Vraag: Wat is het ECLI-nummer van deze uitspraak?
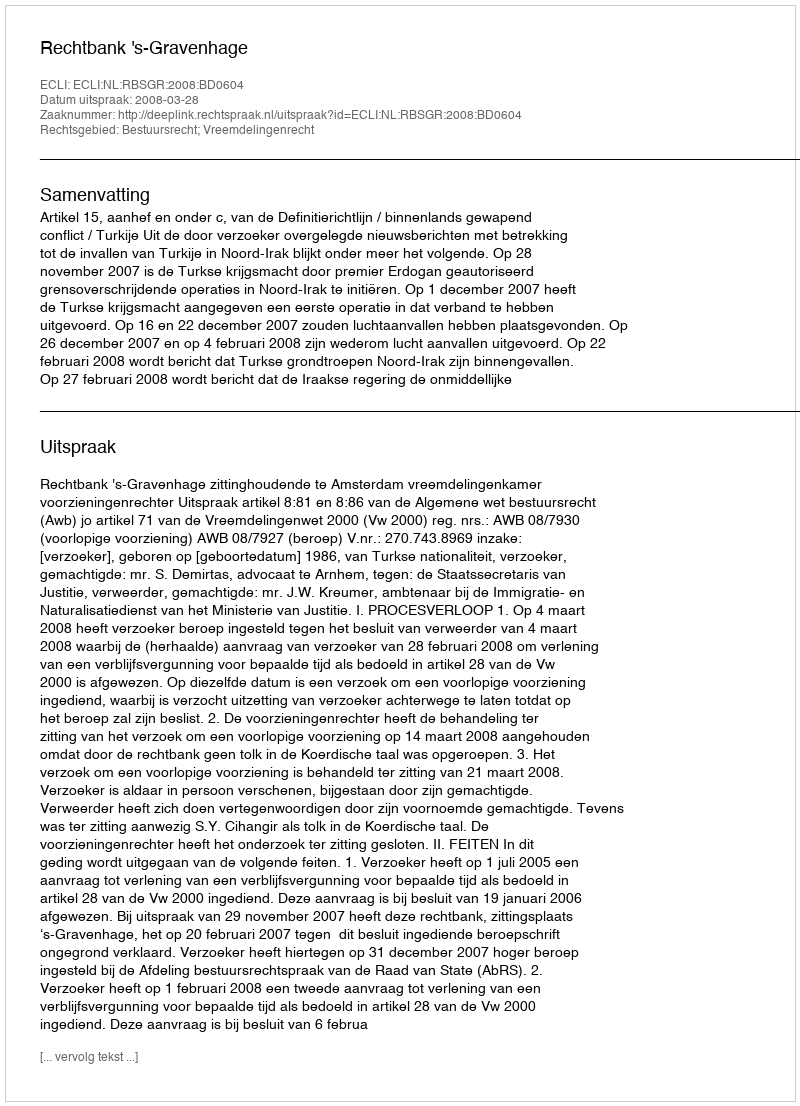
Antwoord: ECLI:NL:RBSGR:2008:BD0604